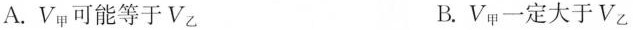
A.V_{甲}可能等于V_{乙} B.V_{甲}一定大于V_{乙}